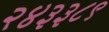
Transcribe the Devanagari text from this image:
२४३३८९